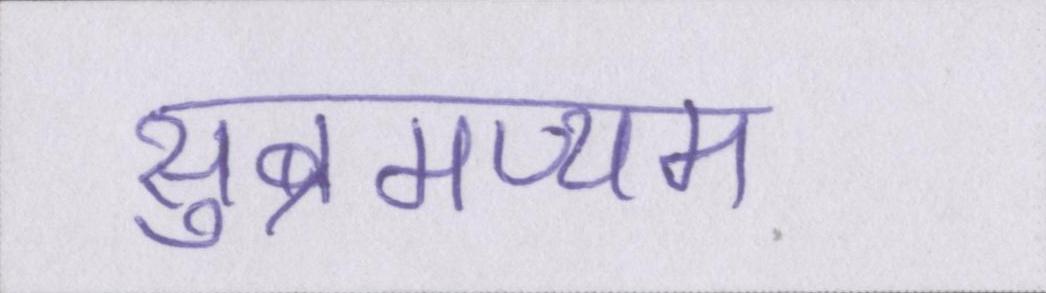
सुब्रमण्यम